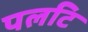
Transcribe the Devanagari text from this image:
पलटि